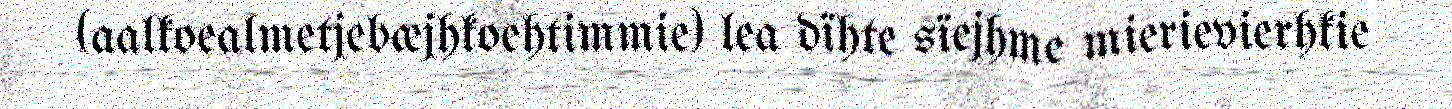
(aalkoealmetjebæjhkoehtimmie) lea dïhte sïejhme mierievierhkie